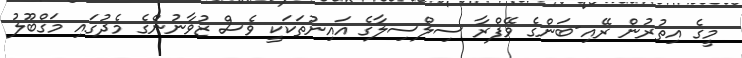
މީގެ އިތުރުން ރޭއި-ބަންގެ ވޭފްރާ ސިލްސިލާގެ އައިނުތަކަކީ ވެސް ޒުވާނުންގެ މެދުގައި މަގްބޫލު